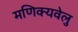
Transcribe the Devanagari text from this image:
मणिक्यवेलु